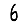
Digit: 6